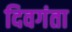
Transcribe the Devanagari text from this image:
दिवगंता